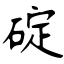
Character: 碇